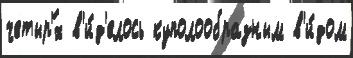
четыр'́х в'и́д'елось куполообразным в'и́дом